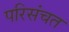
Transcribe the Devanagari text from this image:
परिसंचत